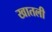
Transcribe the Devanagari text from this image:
खातली